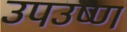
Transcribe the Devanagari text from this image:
उपउष्ण